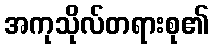
အကုသိုလ်တရားစု၏